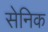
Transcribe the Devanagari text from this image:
सेनिक